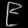
Digit: ၉